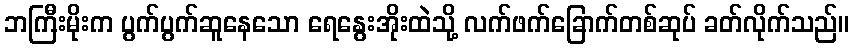
ဘကြီးမိုးက ပွက်ပွက်ဆူနေသော ရေနွေးအိုးထဲသို့ လက်ဖက်ခြောက်တစ်ဆုပ် ခတ်လိုက်သည်။